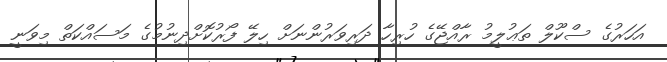
އަހަރުގެ ސްކޫލް ތަޢުލީމު ރާއްޖޭގެ ހުރިހާ ދަރިވަރުންނަށް ހިލޭ ފޯރުކޮށްދިނުމުގެ މަސައްކަތް މިވަނީ